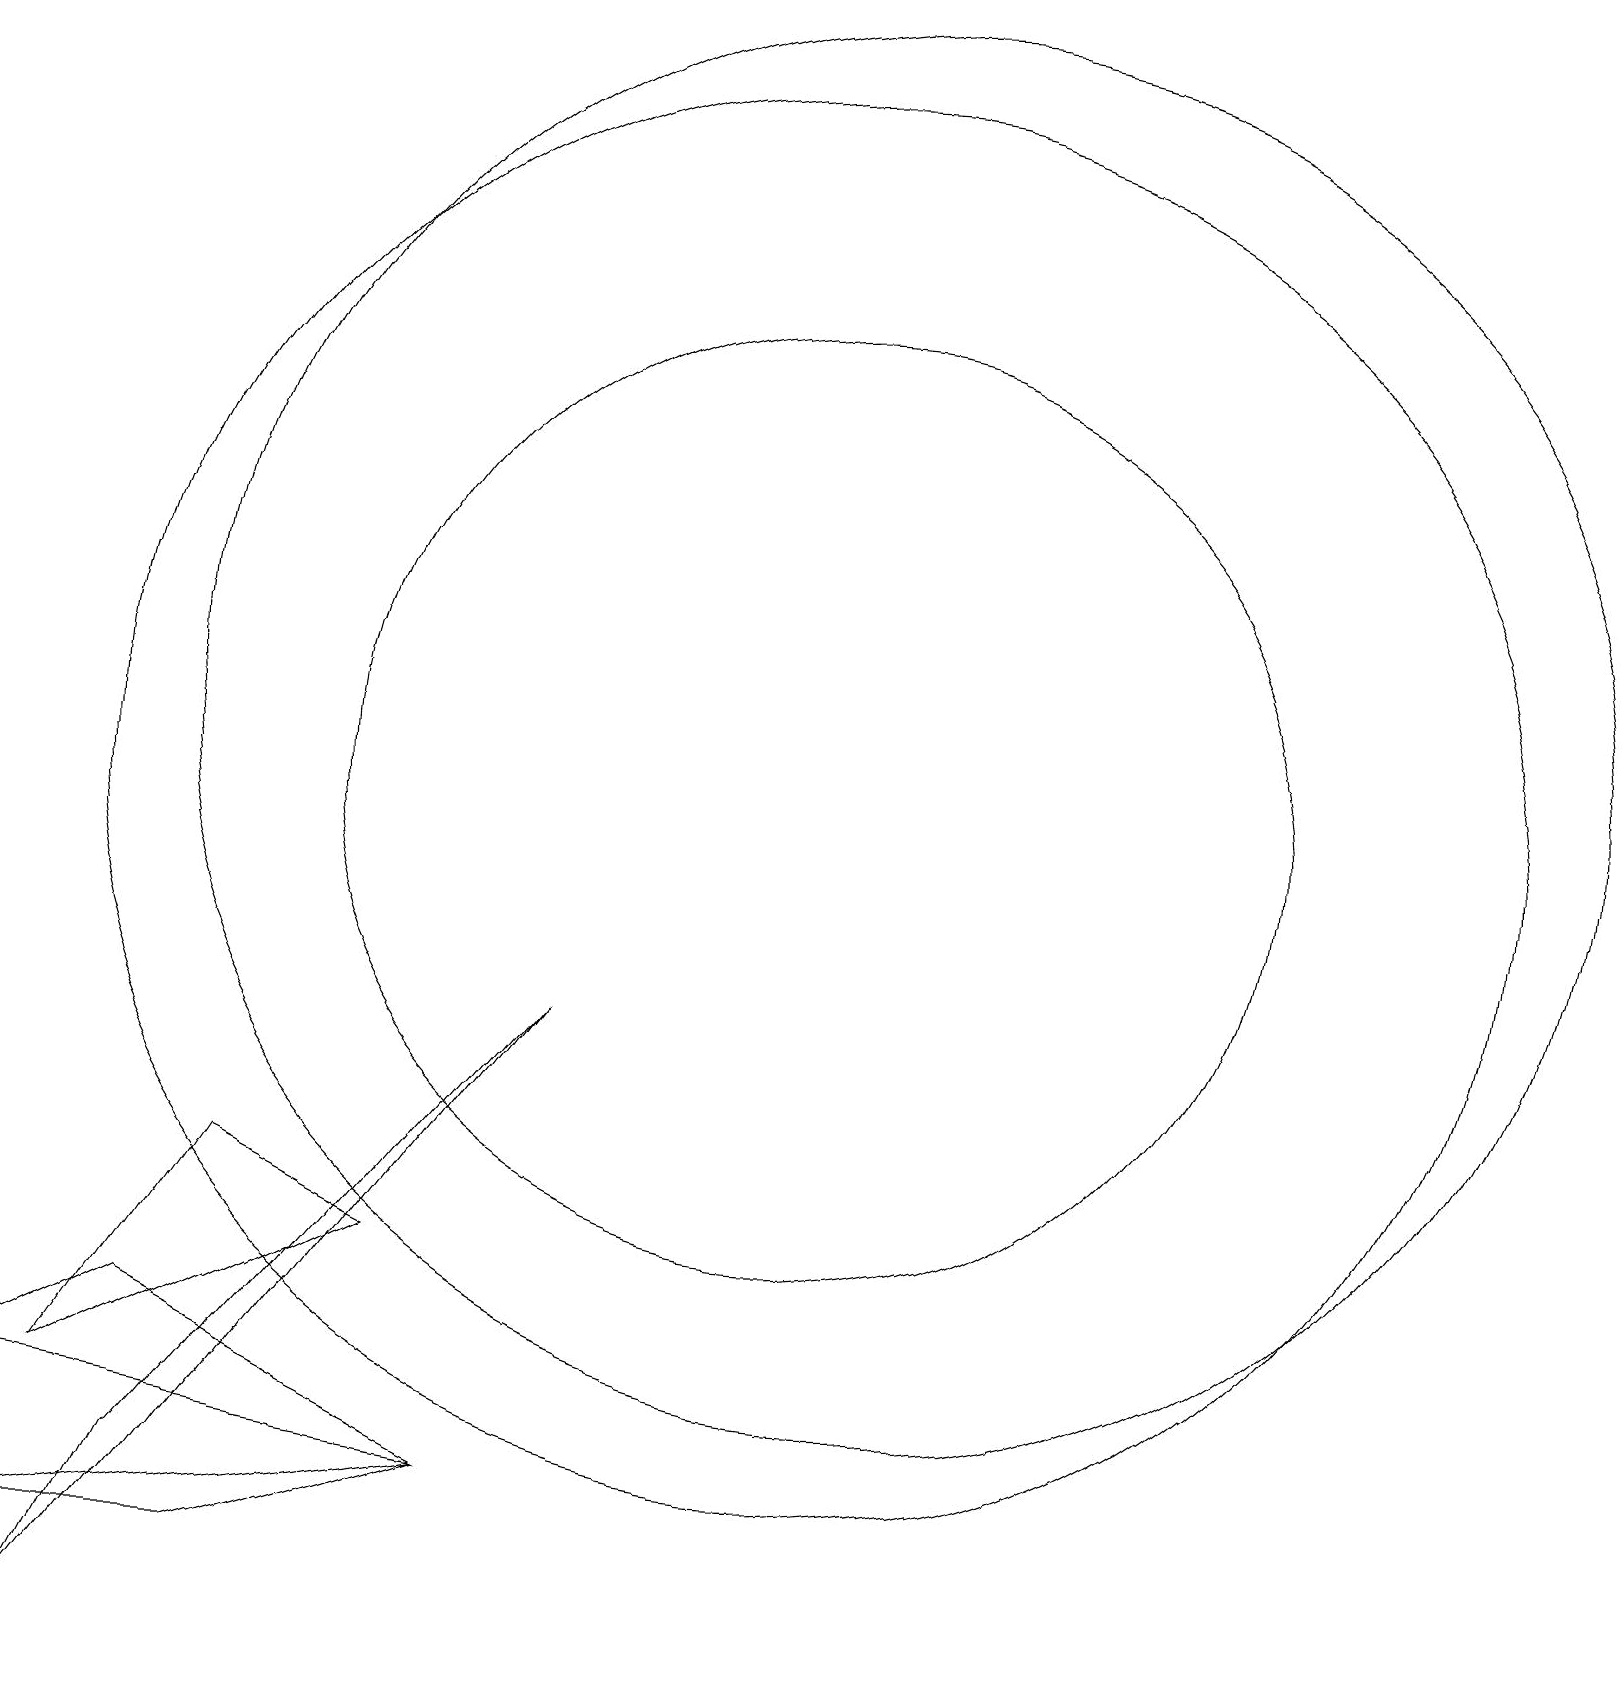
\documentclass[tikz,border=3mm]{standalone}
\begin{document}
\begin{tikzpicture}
\draw (4,1) -- (7,2) -- (1,1) -- cycle;
\draw (4,6) -- (6,5) -- (2,3) -- cycle;
\draw (11,11) circle (6);
\draw (8,8) -- (2,0) -- (3,2) -- cycle;
\draw (3,4) -- (1,3) -- (7,2) -- cycle;
\draw (11,11) circle (9);
\draw (12,12) circle (9);
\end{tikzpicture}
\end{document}